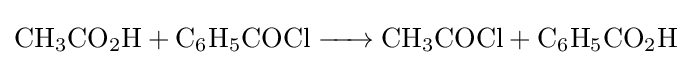
{\ce {CH3CO2H + C6H5COCl -> CH3COCl + C6H5CO2H}}